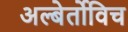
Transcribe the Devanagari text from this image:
अल्बेर्तोविच